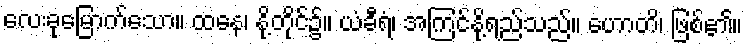
လေးခုမြောက်သော။ ထနေ၊ နို့တိုင်၌။ ယံခီရံ၊ အကြင်နို့ရည်သည်။ ဟောတိ၊ ဖြစ်၏။